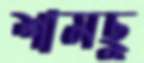
শামছু